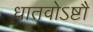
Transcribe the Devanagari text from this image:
धातवोऽष्टौ